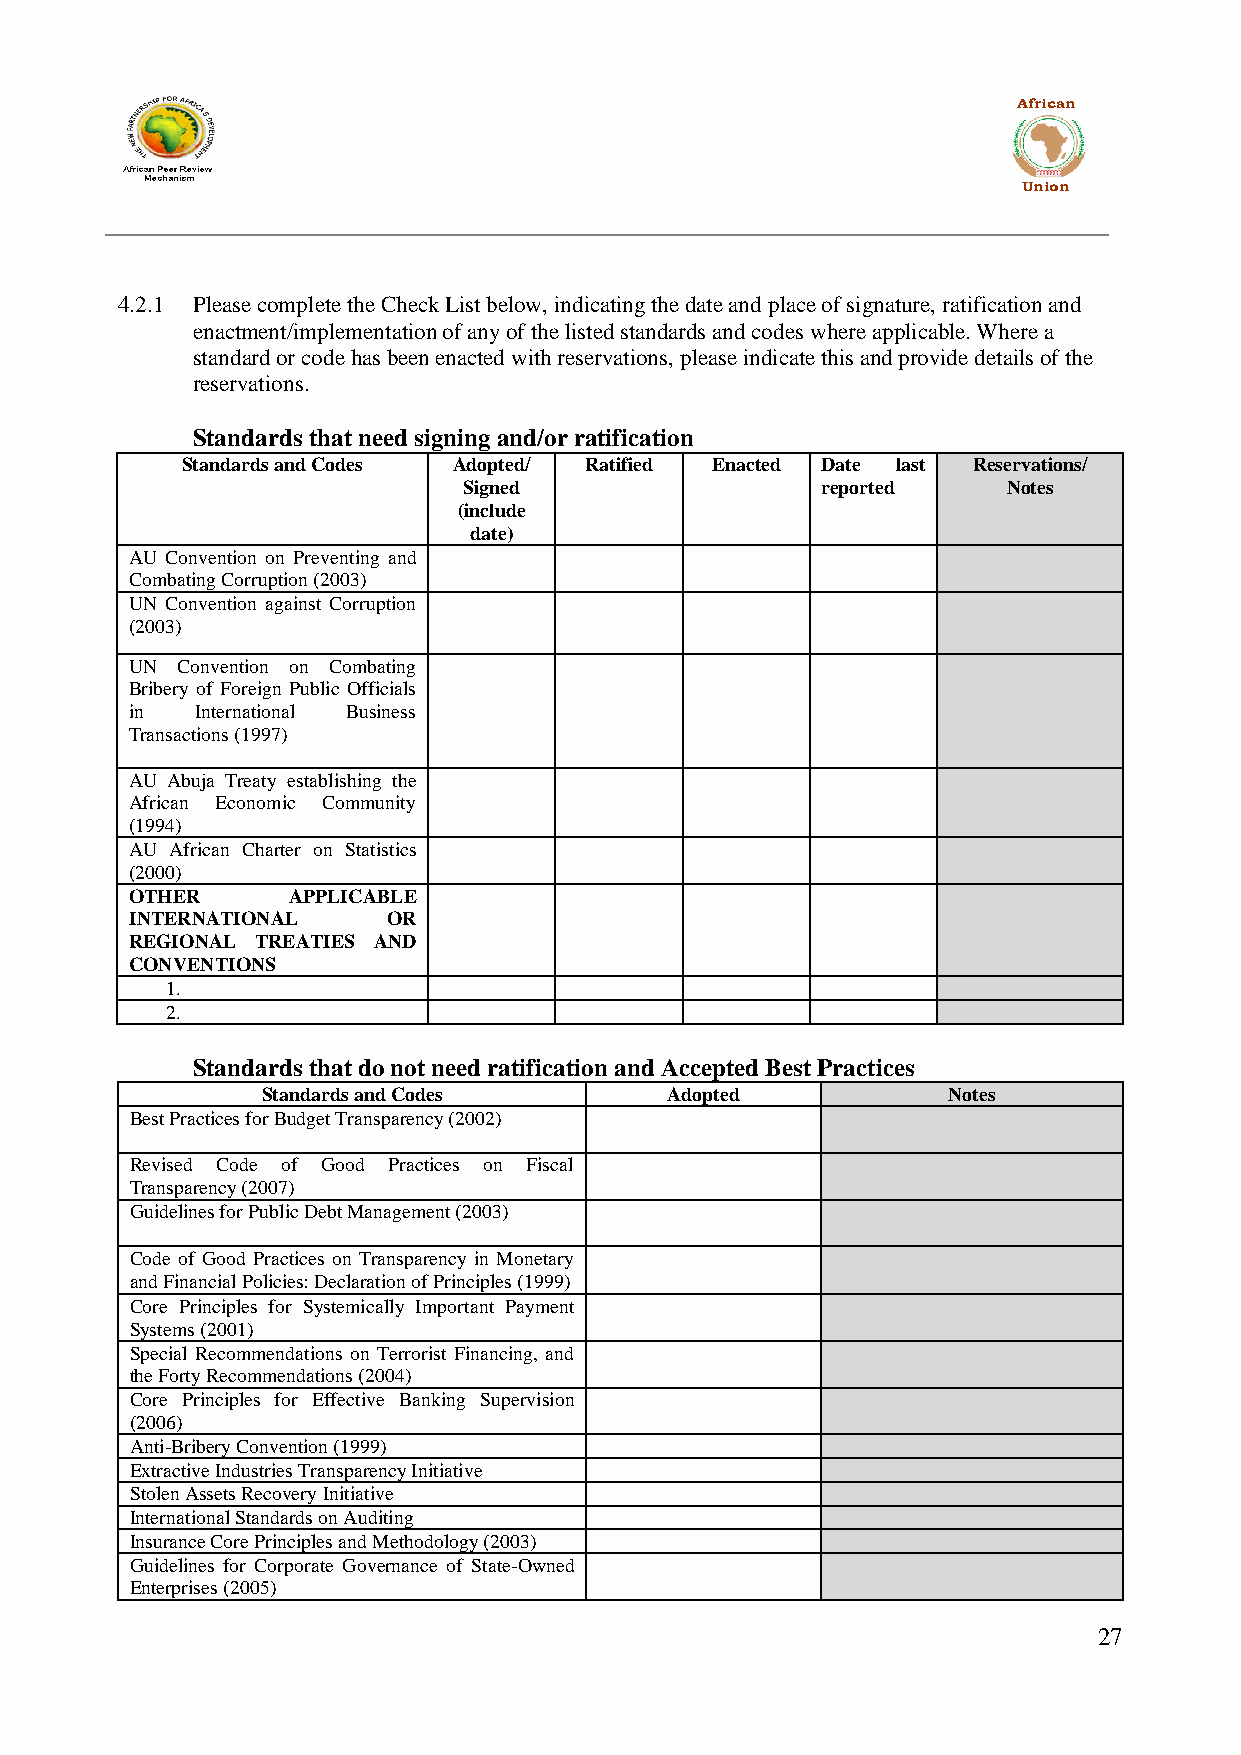
African
 Union
 4.2.1 Please complete the Check List below, indicating the date and place of signature, ratification and
 enactment/implementation of any of the listed standards and codes where applicable. Where a
 standard or code has been enacted with reservations, please indicate this and provide details of the
 reservations.
 Standards that need signing and/or ratification
 Standards and Codes Adopted/ Ratified Enacted Date last Reservations/
 Signed                 reported     Notes
 (include
 date)
 AU Convention on Preventing and
 Combating Corruption (2003)
 UN Convention against Corruption
 (2003)
 UN Convention on Combating
 Bribery of Foreign Public Officials
 in  International Business
 Transactions (1997)
 AU Abuja Treaty establishing the
 African Economic Community
 (1994)
 AU African Charter on Statistics
 (2000)
 OTHER     APPLICABLE
 INTERNATIONAL    OR
 REGIONAL TREATIES AND
 CONVENTIONS
 1.
 2.
 Standards that do not need ratification and Accepted Best Practices
 Standards and Codes        Adopted            Notes
 Best Practices for Budget Transparency (2002)
 Revised Code of Good Practices on Fiscal
 Transparency (2007)
 Guidelines for Public Debt Management (2003)
 Code of Good Practices on Transparency in Monetary
 and Financial Policies: Declaration of Principles (1999)
 Core Principles for Systemically Important Payment
 Systems (2001)
 Special Recommendations on Terrorist Financing, and
 the Forty Recommendations (2004)
 Core Principles for Effective Banking Supervision
 (2006)
 Anti-Bribery Convention (1999)
 Extractive Industries Transparency Initiative
 Stolen Assets Recovery Initiative
 International Standards on Auditing
 Insurance Core Principles and Methodology (2003)
 Guidelines for Corporate Governance of State-Owned
 Enterprises (2005)
 27